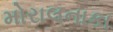
મોરાલનાકા